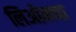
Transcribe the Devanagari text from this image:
लिओनचा